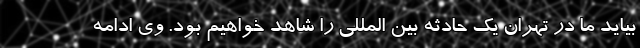
بیاید ما در تهران یک حادثه بین المللی را شاهد خواهیم بود. وی ادامه